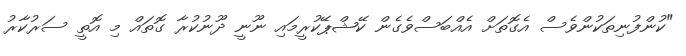
"ކުންފުނިތަކުންވެސް އެގޮތަށް އެއްބަސްވެގެން ކޭޝްޕޭކުރީމައި ނޫނީ ދޫނުކުރާ ގޮތައް މި އޮތީ ސަރުކާރު